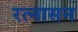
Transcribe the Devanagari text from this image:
रत्नासन